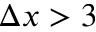
\Delta x > 3